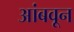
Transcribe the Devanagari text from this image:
आंबवून